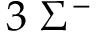
3 \; \Sigma ^ { - }